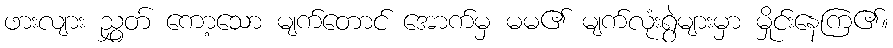
ဖားလျား ညွှတ် ကော့သော မျက်တောင် အောက်မှ မမ၏ မျက်လုံးရွဲများမှာ မှိုင်းနေကြ၏။